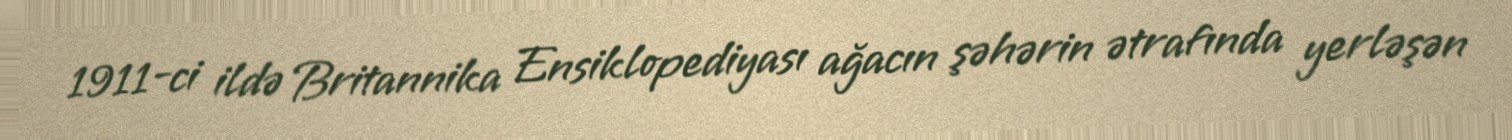
1911-ci ildə Britannika Ensiklopediyası ağacın şəhərin ətrafında yerləşən